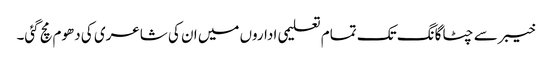
خیبر سے چٹاگانگ تک تمام تعلیمی اداروں میں ان کی شاعری کی دھوم مچ گئی۔